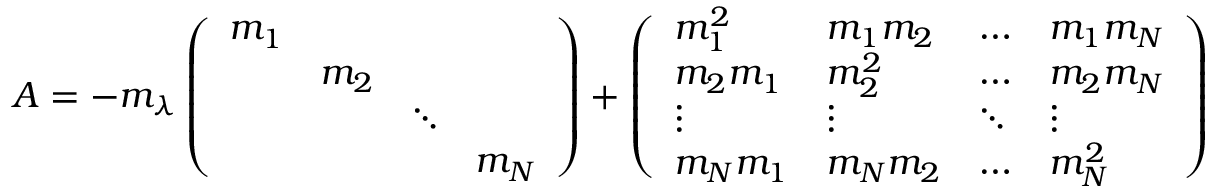
\begin{array} { r } { A = - m _ { \lambda } \left( \begin{array} { l l l l } { m _ { 1 } } & & & \\ & { m _ { 2 } } & & \\ & & { \ddots } & \\ & & & { m _ { N } } \end{array} \right) + \left( \begin{array} { l l l l } { m _ { 1 } ^ { 2 } } & { m _ { 1 } m _ { 2 } } & { \ldots } & { m _ { 1 } m _ { N } } \\ { m _ { 2 } m _ { 1 } } & { m _ { 2 } ^ { 2 } } & { \ldots } & { m _ { 2 } m _ { N } } \\ { \vdots } & { \vdots } & { \ddots } & { \vdots } \\ { m _ { N } m _ { 1 } } & { m _ { N } m _ { 2 } } & { \ldots } & { m _ { N } ^ { 2 } } \end{array} \right) } \end{array}